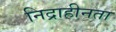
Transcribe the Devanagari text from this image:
निद्राहीनता